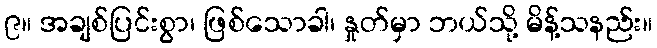
၉။ အချစ်ပြင်းစွာ၊ ဖြစ်သောခါ၊ နှုတ်မှာ ဘယ်သို့ မိန့်သနည်း။